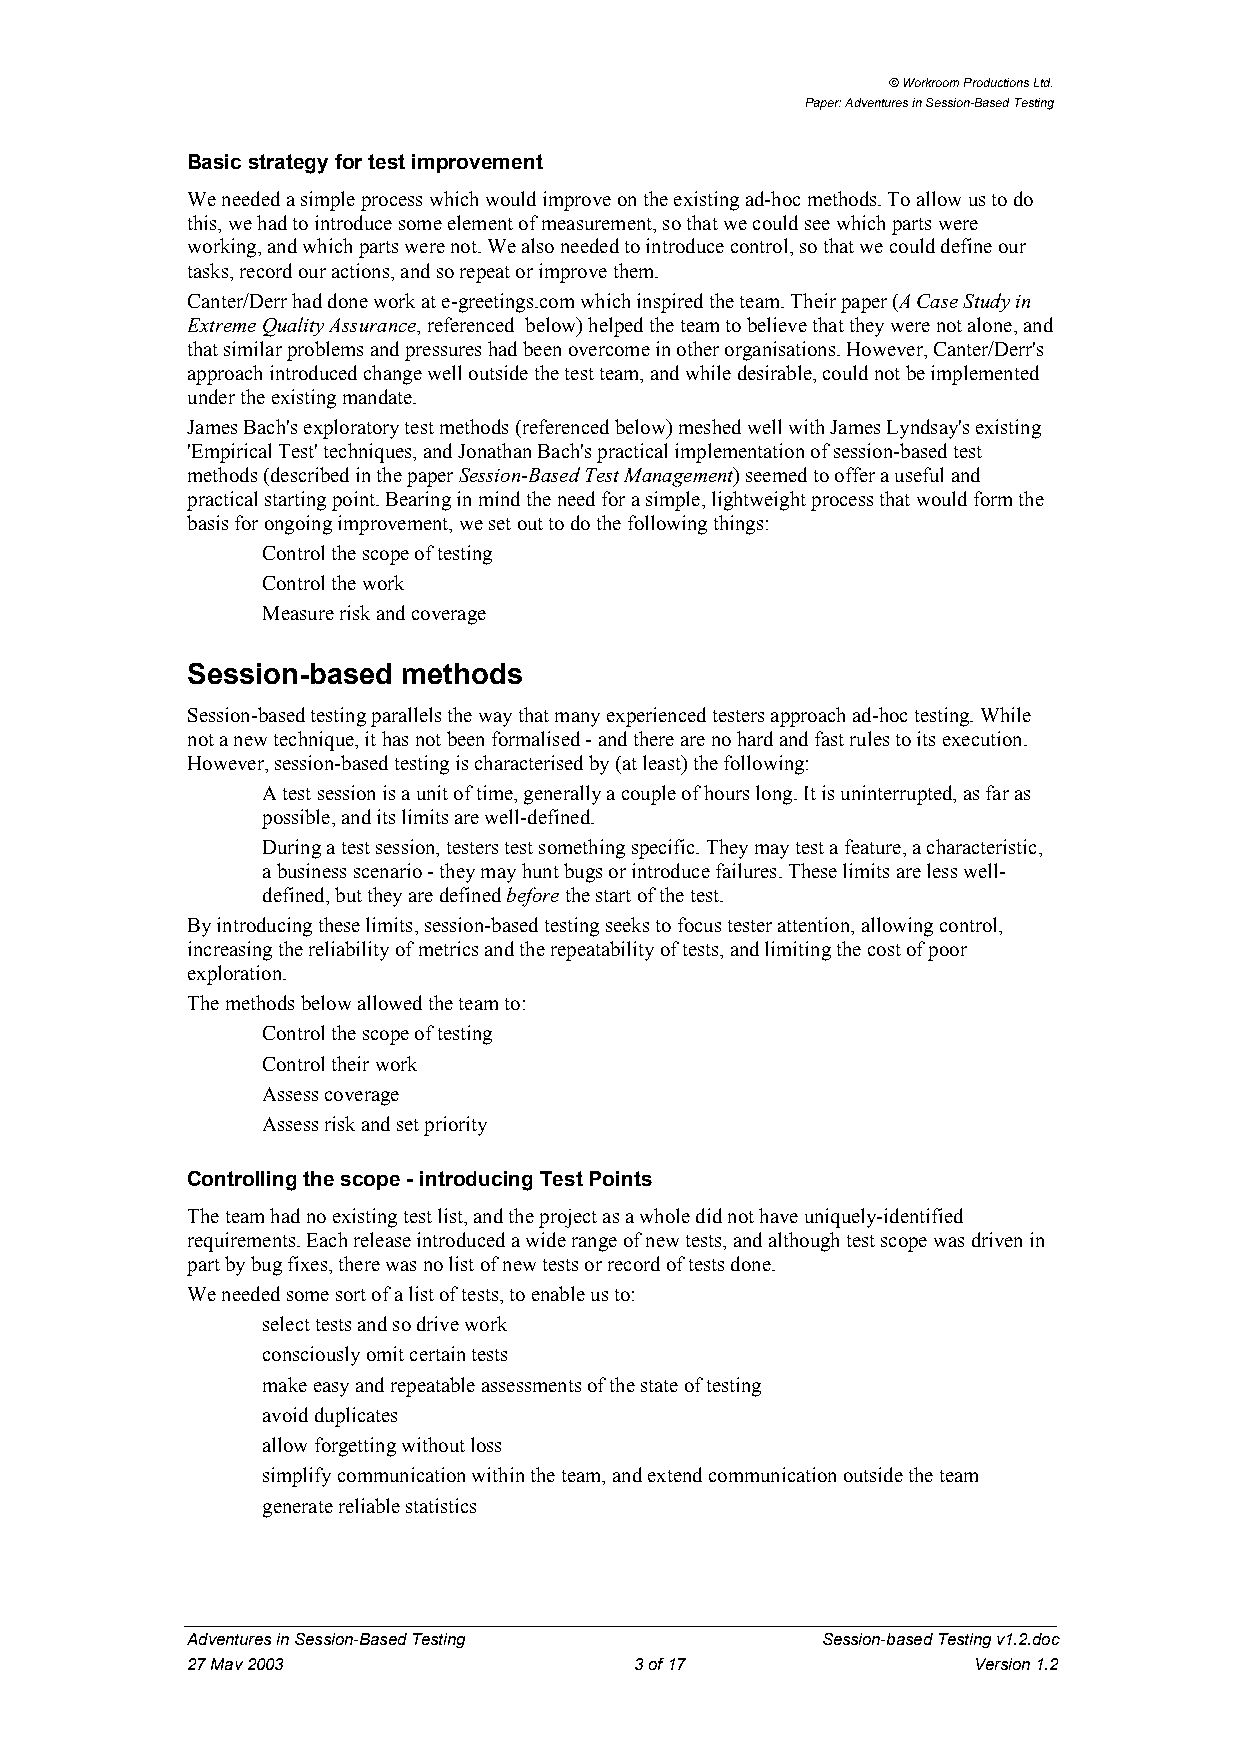
© Workroom Productions Ltd.
 Paper: Adventures in Session-Based Testing
 Basic strategy for test improvement
 We needed a simple process which would improve on the existing ad-hoc methods. To allow us to do
 this, we had to introduce some element of measurement, so that we could see which parts were
 working, and which parts were not. We also needed to introduce control, so that we could define our
 tasks, record our actions, and so repeat or improve them.
 Canter/Derr had done work at e-greetings.com which inspired the team. Their paper (A Case Study in
 Extreme Quality Assurance, referenced below) helped the team to believe that they were not alone, and
 that similar problems and pressures had been overcome in other organisations. However, Canter/Derr's
 approach introduced change well outside the test team, and while desirable, could not be implemented
 under the existing mandate.
 James Bach's exploratory test methods (referenced below) meshed well with James Lyndsay's existing
 'Empirical Test' techniques, and Jonathan Bach's practical implementation of session-based test
 methods (described in the paper Session-Based Test Management) seemed to offer a useful and
 practical starting point. Bearing in mind the need for a simple, lightweight process that would form the
 basis for ongoing improvement, we set out to do the following things:
 • Control the scope of testing
 • Control the work
 • Measure risk and coverage
 Session-based  methods
 Session-based testing parallels the way that many experienced testers approach ad-hoc testing. While
 not a new technique, it has not been formalised - and there are no hard and fast rules to its execution.
 However, session-based testing is characterised by (at least) the following:
 • A test session is a unit of time, generally a couple of hours long. It is uninterrupted, as far as
 possible, and its limits are well-defined.
 • During a test session, testers test something specific. They may test a feature, a characteristic,
 a business scenario - they may hunt bugs or introduce failures. These limits are less well-
 defined, but they are defined before the start of the test.
 By introducing these limits, session-based testing seeks to focus tester attention, allowing control,
 increasing the reliability of metrics and the repeatability of tests, and limiting the cost of poor
 exploration.
 The methods below allowed the team to:
 • Control the scope of testing
 • Control their work
 • Assess coverage
 • Assess risk and set priority
 Controlling the scope - introducing Test Points
 The team had no existing test list, and the project as a whole did not have uniquely-identified
 requirements. Each release introduced a wide range of new tests, and although test scope was driven in
 part by bug fixes, there was no list of new tests or record of tests done.
 We needed some sort of a list of tests, to enable us to:
 • select tests and so drive work
 • consciously omit certain tests
 • make easy and repeatable assessments of the state of testing
 • avoid duplicates
 • allow forgetting without loss
 • simplify communication within the team, and extend communication outside the team
 • generate reliable statistics
 Adventures in Session-Based Testing       Session-based Testing v1.2.doc
 27 May 2003                   3 of 17               Version 1.2